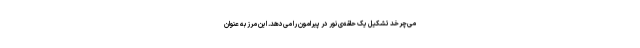
می‌چرخد تشکیل یک حلقه‌ی نور در پیرامون را می‌دهد. این مرز به عنوان